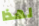
لهذا